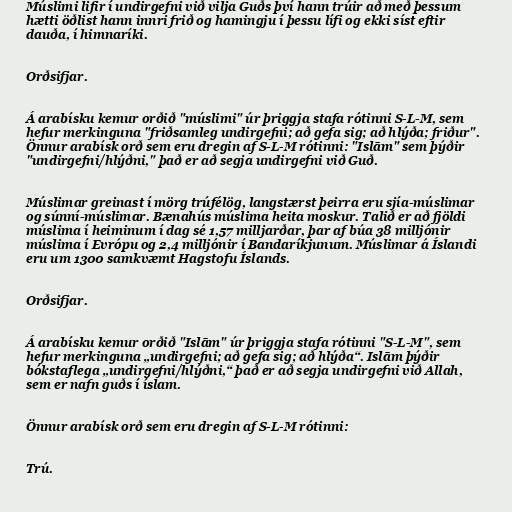
Múslimi lifir í undirgefni við vilja Guðs því hann trúir að með þessum
hætti öðlist hann innri frið og hamingju í þessu lífi og ekki síst eftir
dauða, í himnaríki.

Orðsifjar.

Á arabísku kemur orðið "múslimi" úr þriggja stafa rótinni S-L-M, sem
hefur merkinguna "friðsamleg undirgefni; að gefa sig; að hlýða; friður".
Önnur arabísk orð sem eru dregin af S-L-M rótinni: "Islām" sem þýðir
"undirgefni/hlýðni," það er að segja undirgefni við Guð.

Múslimar greinast í mörg trúfélög, langstærst þeirra eru sjía-múslimar
og súnní-múslimar. Bænahús múslima heita moskur. Talið er að fjöldi
múslima í heiminum í dag sé 1,57 milljarðar, þar af búa 38 milljónir
múslima í Evrópu og 2,4 milljónir í Bandaríkjunum. Múslimar á Íslandi
eru um 1300 samkvæmt Hagstofu Íslands.

Orðsifjar.

Á arabísku kemur orðið "Islām" úr þriggja stafa rótinni "S-L-M", sem
hefur merkinguna „undirgefni; að gefa sig; að hlýða“. Islām þýðir
bókstaflega „undirgefni/hlýðni,“ það er að segja undirgefni við Allah,
sem er nafn guðs í íslam.

Önnur arabísk orð sem eru dregin af S-L-M rótinni:

Trú.